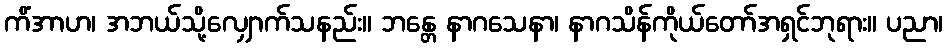
ကိံအာဟ၊ အဘယ်သို့လျှောက်သနည်း။ ဘန္တေ နာဂသေနာ၊ နာဂသိန်ကိုယ်တော်အရှင်ဘုရား။ ပညာ၊